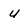
Character: U